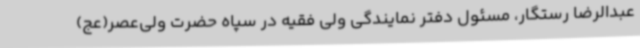
عبدالرضا رستگار، مسئول دفتر نمایندگی ولی فقیه در سپاه حضرت ولی‌عصر(عج)